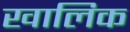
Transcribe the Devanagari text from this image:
खालिक